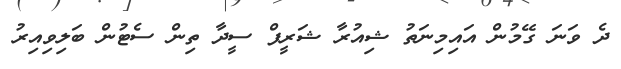
ދެ ވަނަ ގޭމުން އައިމިނަތު ޝިއުރާ ޝަރީފް ސީދާ ތިން ސެޓުން ބަލިވިއިރު